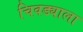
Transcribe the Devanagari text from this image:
चिवड्याला